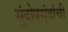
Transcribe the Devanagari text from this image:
सुंदोपसुंदांची